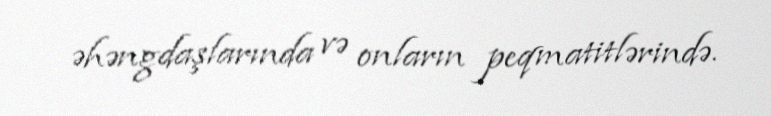
əhəngdaşlarında və onların peqmatitlərində.